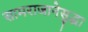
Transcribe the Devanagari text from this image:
सामराजानेसुद्धा